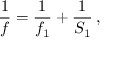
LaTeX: { \frac { 1 } { f } } = { \frac { 1 } { f _ { 1 } } } + { \frac { 1 } { S _ { 1 } } } \, ,